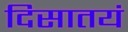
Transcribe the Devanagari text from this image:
दिसातयं